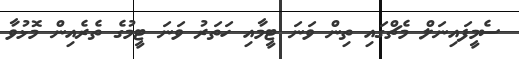
ސެމީފައިނަލް މެޗްގައި ތިން ވަނަ ޓީމާއި ހަތަރު ވަނަ ޓީމުގެ ތެރެއިން މޮޅުވާ